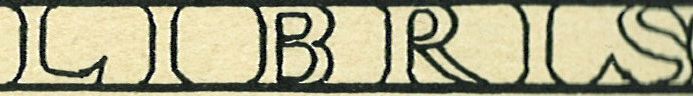
LIBRLS